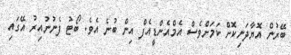
ބޭރުުން އޮޔާދަނިކޮށް ކަމަށްވެސް އެމްއެންޑީއެފް އިން ބުނެ އެވެ. ބޯޓު ފެނުނުއިރު އޭގައި